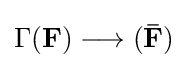
\Gamma ({\boldsymbol {\mathbf {F} }})\longrightarrow ({\boldsymbol {\mathbf {\bar {F}} }})